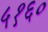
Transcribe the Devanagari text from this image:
५१६०